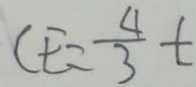
C E = \frac { 4 } { 3 } t